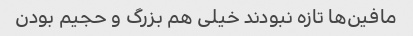
مافین‌ها تازه نبودند خیلی هم بزرگ و حجیم بودن